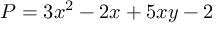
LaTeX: P = 3 x ^ { 2 } - 2 x + 5 x y - 2